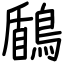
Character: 鶞